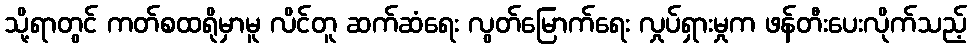
သို့ရာတွင် ကတ်စထရိုမှာမူ လိင်တူ ဆက်ဆံရေး လွတ်မြောက်ရေး လှုပ်ရှားမှုက ဖန်တီးပေးလိုက်သည့်